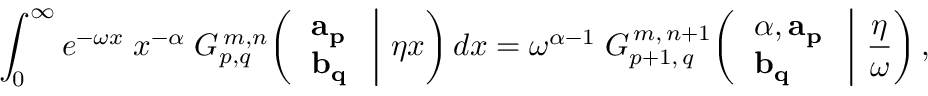
\int _ { 0 } ^ { \infty } e ^ { - \omega x } \; x ^ { - \alpha } \; G _ { p , q } ^ { \, m , n } \! \left( \left. { \begin{array} { l } { \mathbf { a _ { p } } } \\ { \mathbf { b _ { q } } } \end{array} } \; \right| \, \eta x \right) d x = \omega ^ { \alpha - 1 } \; G _ { p + 1 , \, q } ^ { \, m , \, n + 1 } \! \left( \left. { \begin{array} { l } { \alpha , \mathbf { a _ { p } } } \\ { \mathbf { b _ { q } } } \end{array} } \; \right| \, { \frac { \eta } { \omega } } \right) ,